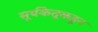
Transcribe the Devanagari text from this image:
सूर्यकेतूकडून